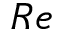
R e